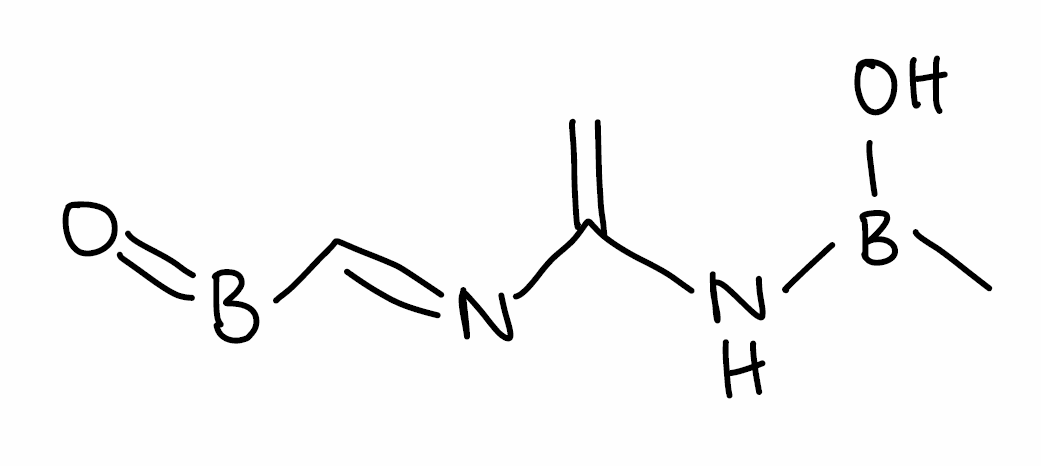
Simplified molecular-input line-entry system (SMILES) notation of the given molecule:
B(=O)/C=N/C(=C)NB(C)O